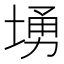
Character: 𱗚